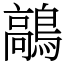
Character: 鶮